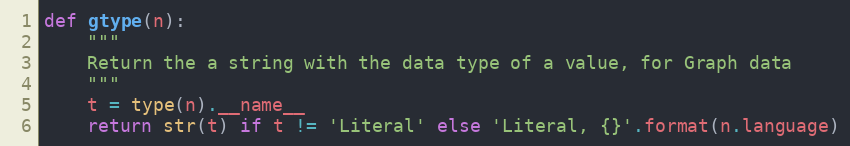
Language: Python
def gtype(n):
    """
    Return the a string with the data type of a value, for Graph data
    """
    t = type(n).__name__
    return str(t) if t != 'Literal' else 'Literal, {}'.format(n.language)